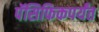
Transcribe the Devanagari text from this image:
पॅसिफिकपर्यंत